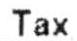
TAX